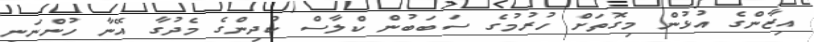
އިޒާންގެ އުޅުން މިގޮތަށް ހުރުމުގެ ސަބަބުން ކްލާސް ކުދިންގެ މެދުގާ އޭނާ ހުންނަނީ